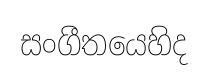
සංගීතයෙහිද